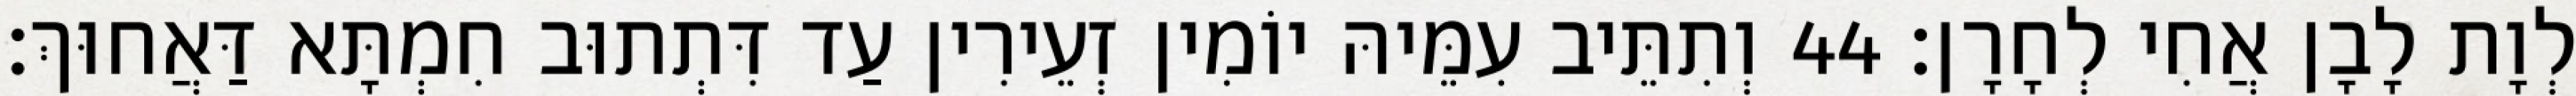
לְוָת לָבָן אֲחִי לְחָרָן׃ 44 וְתִתֵּיב עִמֵּיהּ יוֹמִין זְעֵירִין עַד דִּתְתוּב חִמְתָּא דַּאֲחוּךְ׃